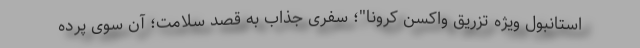
استانبول ویژه تزریق واکسن کرونا"؛ سفری جذاب به قصد سلامت؛ آن سوی پرده